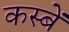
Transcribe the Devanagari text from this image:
कस्‍बें